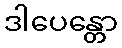
ဒါပေန္တော